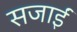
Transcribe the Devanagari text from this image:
सजाईं